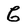
Character: G